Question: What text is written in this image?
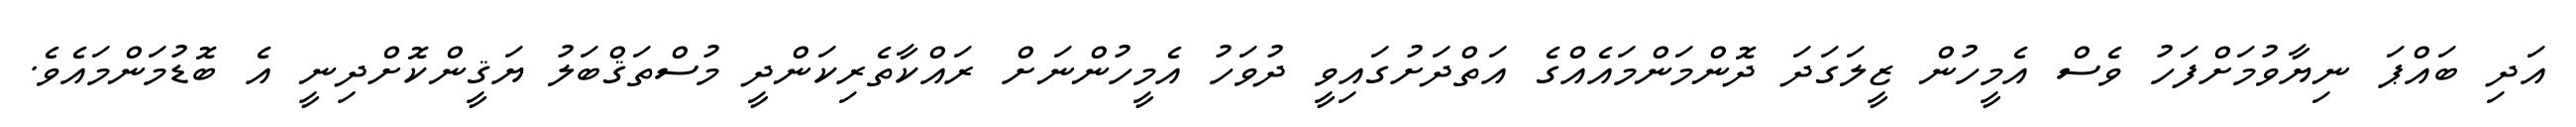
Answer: އަދި ބައްޕަ ނިޔާވުމަށްފަހު ވެސް އެމީހުން ޒީލަގަދަ ދޮންމަންމައެއްގެ އަތްދަށުގައިވީ ދުވަހު އެމީހުންނަށް ރައްކާތެރިކަންދީ މުސްތަޤްބަލު ޔަޤީންކޮށްދިނީ އެ ބޮޑުމަންމައެވެ.